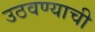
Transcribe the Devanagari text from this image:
उठवण्याची